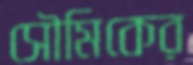
সৌমিকের